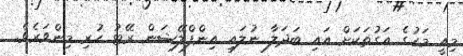
މިއީ މަހުގެ އަގުތަކަށް އައި ބަދަލާ ނުލައި އިންފްލޭޝަން ރޭޓު ހުރި މިންވަރެވެ.